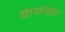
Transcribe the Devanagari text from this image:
वायलार